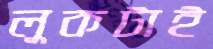
লুকটাই